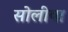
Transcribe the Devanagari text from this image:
सोलीया